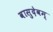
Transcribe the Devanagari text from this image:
वासुदेवम्